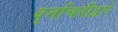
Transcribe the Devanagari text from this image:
वृत्तचितीद्वारे